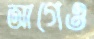
আগেও